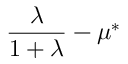
\frac { \lambda } { 1 + \lambda } - \mu ^ { * }